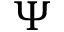
\Psi